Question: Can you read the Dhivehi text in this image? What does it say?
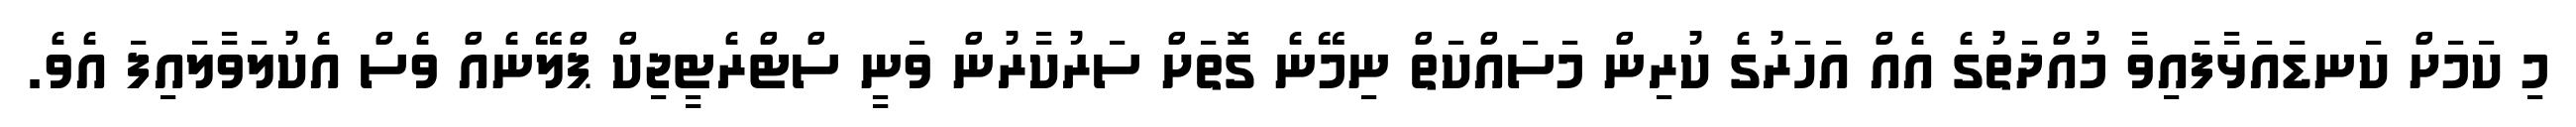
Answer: މި ކަމަށް ކަނޑައަޅާފައިވާ މުއްދަތުގެ އެއް އަހަރުގެ ކުރިން މަސައްކަތް ނިމޭނެ ގޮތަށް ސަރުކާރުން ވަނީ ސްޓްރެޓީޖިކް ޕްލޭނެއް ވެސް އެކުލަވާލައިފަ އެވެ.